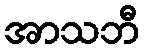
အာသဘီ